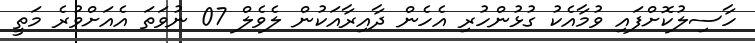
ހާސިލުކޮށްފައި ވުމާއެކު ގުޅުންހުރި އެހެން ދާއިރާއަކުން ލެވެލް 07 ނުވަތަ އެއަށްވުރެ މަތީ